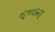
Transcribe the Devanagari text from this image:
शृंगवांस्तु